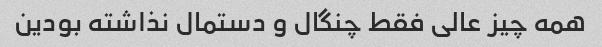
همه چیز عالی فقط چنگال و دستمال نذاشته بودین